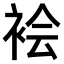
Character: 𫋻